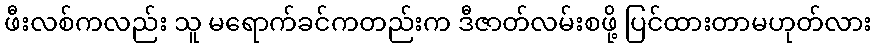
ဖီးလစ်ကလည်း သူ မရောက်ခင်ကတည်းက ဒီဇာတ်လမ်းစဖို့ ပြင်ထားတာမဟုတ်လား